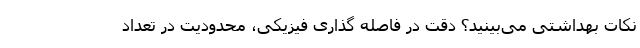
نکات بهداشتی می‌بینید؟ دقت در فاصله گذاری فیزیکی، محدودیت در تعداد